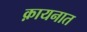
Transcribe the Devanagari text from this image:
क़ायनात